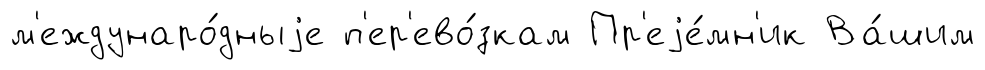
м'еждунаро́дныjе п'ер'ево́зкам Пр'еjе́мн'ик Ва́шим